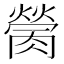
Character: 𦟴